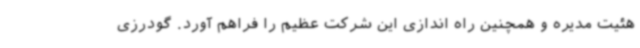
هئیت مدیره و همچنین راه اندازی این شرکت عظیم را فراهم آورد. گودرزی